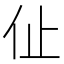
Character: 𠇈